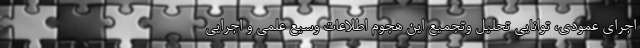
اجرای عمودی، توانایی تحلیل وتجمیع این هجوم اطلاعات وسیع علمی و اجرایی